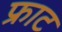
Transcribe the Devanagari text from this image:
फ्राट